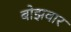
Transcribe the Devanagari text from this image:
बोझवार